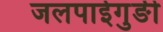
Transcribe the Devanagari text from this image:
जलपाईगुङी